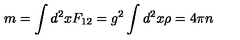
m = \int d ^ { 2 } x F _ { 1 2 } = g ^ { 2 } \int d ^ { 2 } x \rho = 4 \pi n